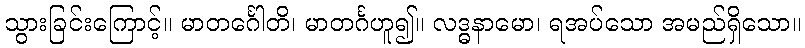
သွားခြင်းကြောင့်။ မာတင်္ဂေါတိ၊ မာတင်္ဂဟူ၍။ လဒ္ဓနာမော၊ ရအပ်သော အမည်ရှိသော။